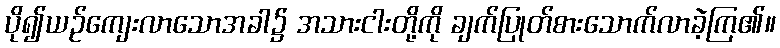
ပို၍ယဉ်ကျေးလာသောအခါ၌ အသားငါးတို့ကို ချက်ပြုတ်စားသောက်လာခဲ့ကြ၏။